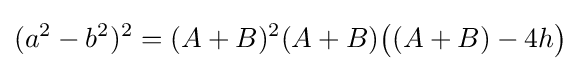
(a^{2}-b^{2})^{2}=(A+B)^{2}(A+B){\big (}(A+B)-4h{\big )}